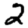
Digit: 2